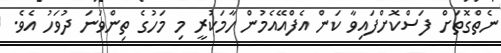
ނެތްގޮތަށް ފަސްކޮށްފައިވާ ކަން އެފްއޭއެމުން ހާމަކުރީ މި މަހުގެ ތިންވަނަ ދުވަހު އެވެ.